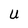
Character: U